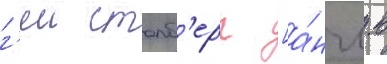
г'еи столб'ерг [а́нгл. в